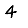
Digit: 4